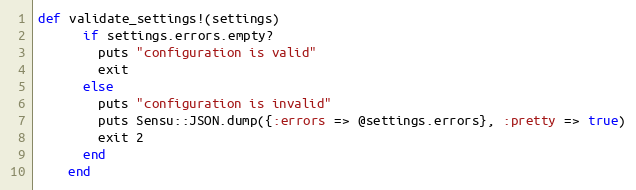
Language: Ruby
def validate_settings!(settings)
      if settings.errors.empty?
        puts "configuration is valid"
        exit
      else
        puts "configuration is invalid"
        puts Sensu::JSON.dump({:errors => @settings.errors}, :pretty => true)
        exit 2
      end
    end